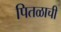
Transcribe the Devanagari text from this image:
पितळाची